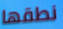
نطقها